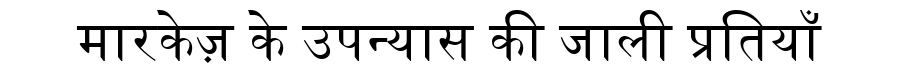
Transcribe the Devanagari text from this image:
मारकेज़ के उपन्यास की जाली प्रतियाँ